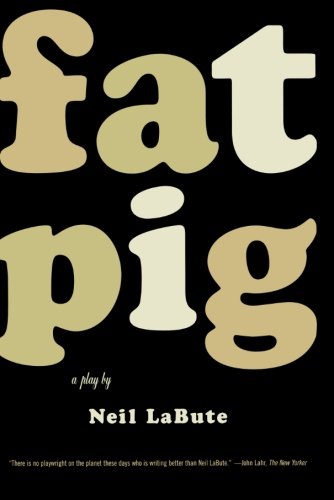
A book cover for Fat Pig: A Play; Neil LaBute; Literature & Fiction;